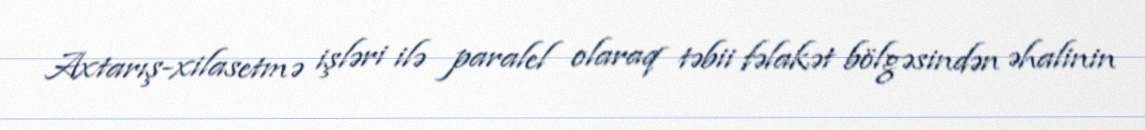
Axtarış-xilasetmə işləri ilə paralel olaraq təbii fəlakət bölgəsindən əhalinin